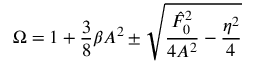
\Omega = 1 + \frac { 3 } { 8 } \beta A ^ { 2 } \pm \sqrt { \frac { \hat { F } _ { 0 } ^ { 2 } } { 4 A ^ { 2 } } - \frac { \eta ^ { 2 } } { 4 } }